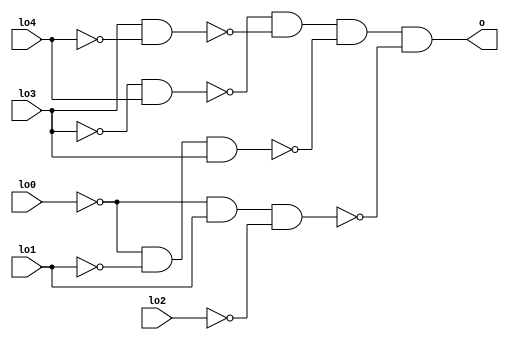
module inv(
    input lo0,
    input lo1,
    input lo2,
    input lo3,
    input lo4,
    output o
);

assign o = ~(~lo3 & lo4) & ~(lo3 & ~lo4) & ~(~lo0 & ~lo1 & lo3) & ~(~lo0 & lo1 & ~lo2);


endmodule